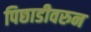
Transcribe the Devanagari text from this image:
पिछाडीवरुन